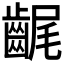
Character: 𪘣